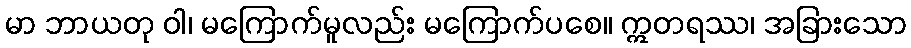
မာ ဘာယတု ဝါ၊ မကြောက်မူလည်း မကြောက်ပစေ။ ဣတရဿ၊ အခြားသော